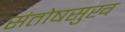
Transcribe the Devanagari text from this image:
संतोषसुख